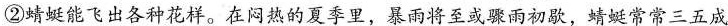
②蜻蜓能飞出各种花样。在闷热的夏季里，暴雨将至或骤雨初歇，蜻蜓常常三五成